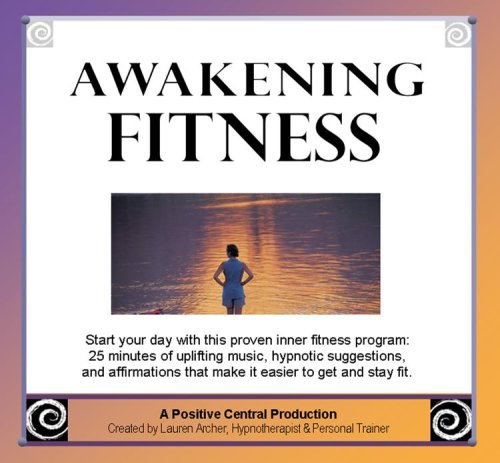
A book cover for Awakening Fitness (Awakening Series); Health, Fitness & Dieting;